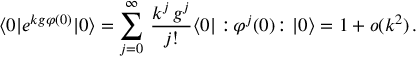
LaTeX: \langle 0 | e ^ { k g \varphi ( 0 ) } | 0 \rangle = \sum _ { j = 0 } ^ { \infty } \, \frac { k ^ { j } \, g ^ { j } } { j ! } \langle 0 | : \! \varphi ^ { j } ( 0 ) \! : | 0 \rangle = 1 + o ( k ^ { 2 } ) \, .